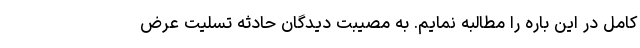
کامل در این باره را مطالبه نمایم. به مصیبت دیدگان حادثه تسلیت عرض